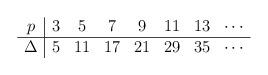
LaTeX: \begin{align*}\begin{array}{c|ccccccc}p & 3 & 5 & 7 & 9 & 11 & 13 & \cdots\\ \hline\Delta & 5 & 11&17 & 21& 29 & 35 & \cdots\end{array}\end{align*}